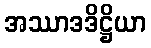
အဿာဒဒိဋ္ဌိယာ